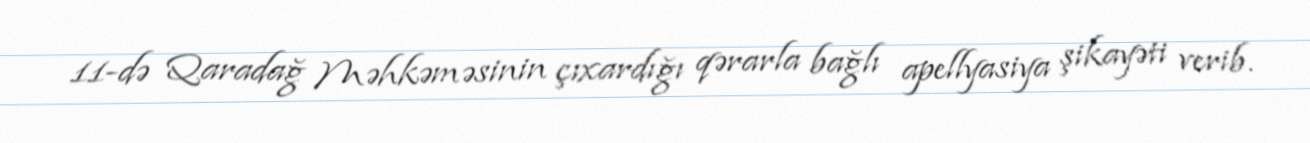
11-də Qaradağ Məhkəməsinin çıxardığı qərarla bağlı apellyasiya şikayəti verib.